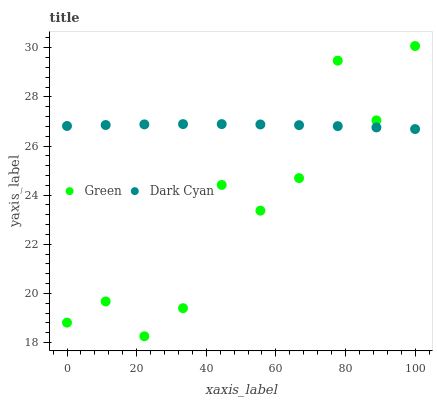
| xaxis_label | Green | Dark Cyan |
 | --- | --- | --- |
 | 0 | 18.8 | 26.8 |
 | 11.1 | 19.7 | 26.9 |
 | 22.2 | 18.3 | 26.9 |
 | 33.3 | 19.4 | 26.9 |
 | 44.4 | 24.4 | 26.9 |
 | 55.6 | 23.4 | 26.9 |
 | 66.7 | 24.7 | 26.9 |
 | 77.8 | 29.5 | 26.8 |
 | 88.9 | 27 | 26.8 |
 | 100 | 30.1 | 26.7 |